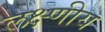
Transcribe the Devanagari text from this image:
लक्ष्णीय